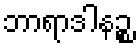
ဘာရာဒါနဉ္စ